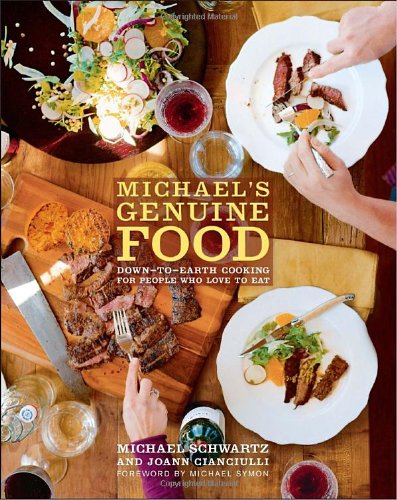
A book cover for Michael's Genuine Food: Down-to-Earth Cooking for People Who Love to Eat; Michael Schwartz; Cookbooks, Food & Wine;